Leaving Certificate Examination, 1902
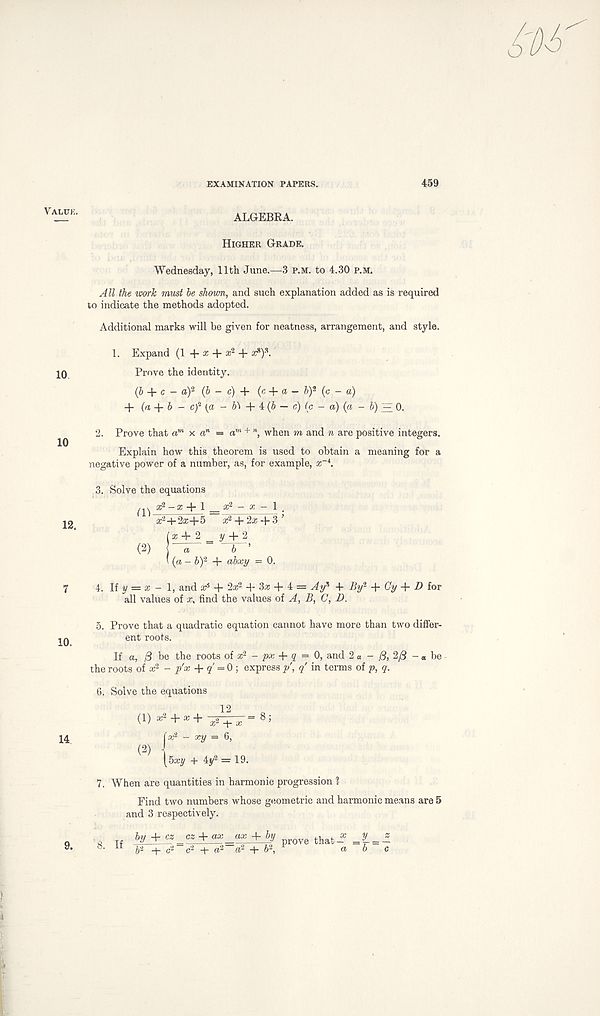
EXAMINATION PAPERS.
459
ALGEBRA.
Higher Grade.
Wednesday, 11th June.—3 p.m. to 4.30 P.M.
All the work must be shown, and such explanation added as is required
to indicate the methods adopted.
Additional marks will be given for neatness, arrangement, and style.
1. Expand (1 + ^ + ^) % -
Prove the identity.
(6 + c - a) 2 (6 - c) + (c + a - 5) 2 (c - a)
+ (a b - cf (a - b\ i(b — c) (e - a) (a - b) ^ 0.
2. Prove that a m x a n — a rn + ”, when m and n are positive integers.
Explain how this theorem is used to obtain a meaning for a
negative power of a number, as, for example, ar 4 .
3. Solve the equations
; 2 -a; + l x 2 - x - \ ,
(2)
x 2 +2«+5 x 2 + 2* -b 3 ’
(a: + 2 = y+J
] a
6 ’
\ (a - b) 2 + abxy = 0.
4. If y = a; - 1, and ar* + 2a; 2 + 3x + i — At/ -f By 2 + Cy + D for
all values of x, find the values oi A, B, C, D,
5. Prove that a quadratic equation cannot have more than two differ-
ent roots.
If a, ^ be the roots of x 2 - px + q = 0, and 2 « - & 2/3 - « be
the roots of x 2 - p’x + q = Or, express /, q in terms of p, q.
6. Solve the equations
12
(!) * 2 + *+^n^r= 8 ;
fa; 2 - xy = 3,
( 2 ) , [5a:y + 4y 2 = 19.
7. When are quantities in harmonic progression 1
Find two numbers whose geometric and harmonic means are 5
and 3 respectively.
by -
cs + ax ax + by
that _a ; y
sA , >2—/ v2 7, 2 r
r, h
"a 2 + b\
\
l